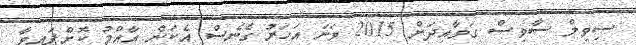
ސިވިލް ސާވިސް ގަވާއިދަށް 2015 ވަނަ އަހަރު ގެނެސް އެކަން އާއްމު ކޮށްފައިވާ